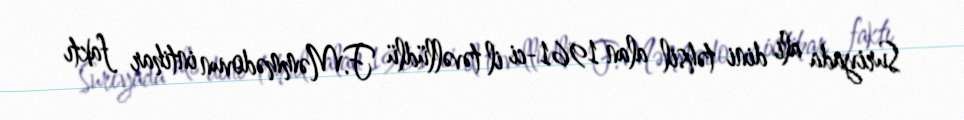
Suriyada ali dini təhsil alan 1961-ci il təvəllüdlü F.Məmmədovun intihar faktı